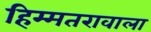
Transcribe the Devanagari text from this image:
हिम्मतरावाला